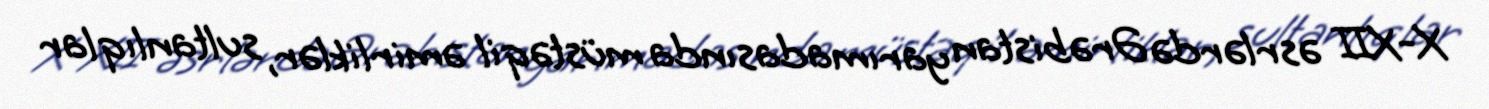
X-XII əsrlərdə Ərəbistan yarımadasında müstəqil əmirliklər, sultanlıqlar